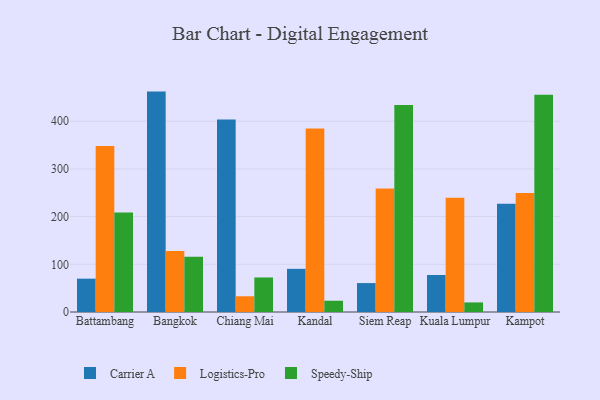
{"axis": {"x": "City", "y": "Demand Index"}, "legend": ["Carrier A", "Logistics-Pro", "Speedy-Ship"], "data": [{"x": "Battambang", "y": 69.9, "type": "Carrier A"}, {"x": "Battambang", "y": 347.9, "type": "Logistics-Pro"}, {"x": "Battambang", "y": 208.7, "type": "Speedy-Ship"}, {"x": "Bangkok", "y": 462.1, "type": "Carrier A"}, {"x": "Bangkok", "y": 127.9, "type": "Logistics-Pro"}, {"x": "Bangkok", "y": 116.1, "type": "Speedy-Ship"}, {"x": "Chiang Mai", "y": 403.5, "type": "Carrier A"}, {"x": "Chiang Mai", "y": 33.0, "type": "Logistics-Pro"}, {"x": "Chiang Mai", "y": 72.4, "type": "Speedy-Ship"}, {"x": "Kandal", "y": 90.5, "type": "Carrier A"}, {"x": "Kandal", "y": 384.9, "type": "Logistics-Pro"}, {"x": "Kandal", "y": 23.6, "type": "Speedy-Ship"}, {"x": "Siem Reap", "y": 60.6, "type": "Carrier A"}, {"x": "Siem Reap", "y": 258.7, "type": "Logistics-Pro"}, {"x": "Siem Reap", "y": 433.9, "type": "Speedy-Ship"}, {"x": "Kuala Lumpur", "y": 77.6, "type": "Carrier A"}, {"x": "Kuala Lumpur", "y": 239.7, "type": "Logistics-Pro"}, {"x": "Kuala Lumpur", "y": 20.1, "type": "Speedy-Ship"}, {"x": "Kampot", "y": 227.0, "type": "Carrier A"}, {"x": "Kampot", "y": 249.3, "type": "Logistics-Pro"}, {"x": "Kampot", "y": 455.6, "type": "Speedy-Ship"}]}